Lunatic asylums Punjab 1881-1894 - 1881-1894
Year: 1881
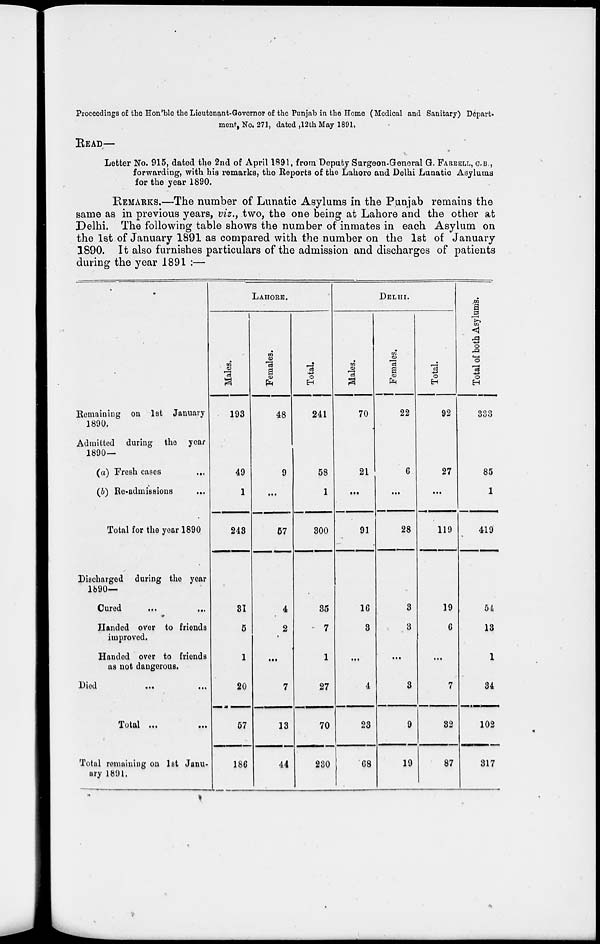
Proceedings of the Hon'ble the Lieutenant-Governor of the Punjab in the Home (Medical and Sanitary) Depart-
ment, No. 271, dated ,12th May 1891,
READ—
Letter No. 915, dated the 2nd of April 1891, from Deputy Surgeon-General G. FARRELL, C.B.,
forwarding, with his remarks, the Reports of the Lahore and Delhi Lunatic Asylums
for the year 1890.
REMARKS.—The number of Lunatic Asylums in the Punjab remains the
same as in previous years, viz., two, the one being at Lahore and the other at
Delhi. The following table shows the number of inmates in each Asylum on
the 1st of January 1891 as compared with the number on the 1st of January
1890. It also furnishes particulars of the admission and discharges of patients
during the year 1891 :—
Remaining on 1st January
1890.
Admitted during the year
1890—
(a) Fresh cases
...
(b) Re-admissions ...
Total for the year 1890
Discharged during the year
1890—
Cured ... ...
Handed over to friends
improved.
Handed over to friends
as not dangerous.
Died
...
...
Total ... ...
Total remaining on 1st Janu-
ary 1891.
LAHORE.
Males.
193
49
1
243
31
5
1
20
57
186
Females.
48
9
...
57
4
2
...
7
13
44
Total.
241
58
1
300
35
7
1
27
70
230
DELHI.
Males.
70
21
...
91
16
3
...
4
23
68
Females.
22
6
...
28
3
3
...
3
9
19
Total.
92
27
...
119
19
6
...
7
32
87
Total of both Asylums.
333
85
1
419
54
13
1
34
102
317